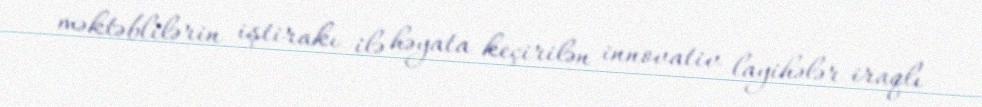
məktəblilərin iştirakı ilə həyata keçirilən innovativ layihələr iraqlı